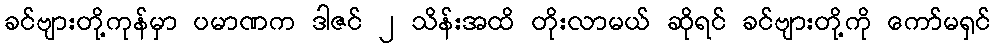
ခင်ဗျားတို့ကုန်မှာ ပမာဏက ဒါဇင် ၂ သိန်းအထိ တိုးလာမယ် ဆိုရင် ခင်ဗျားတို့ကို ကော်မရှင်